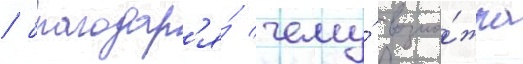
/ благодар'я́ чему́ возмо́жна